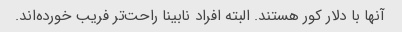
آنها با دلار کور هستند. البته افراد نابینا راحت‌تر فریب خورده‌اند.